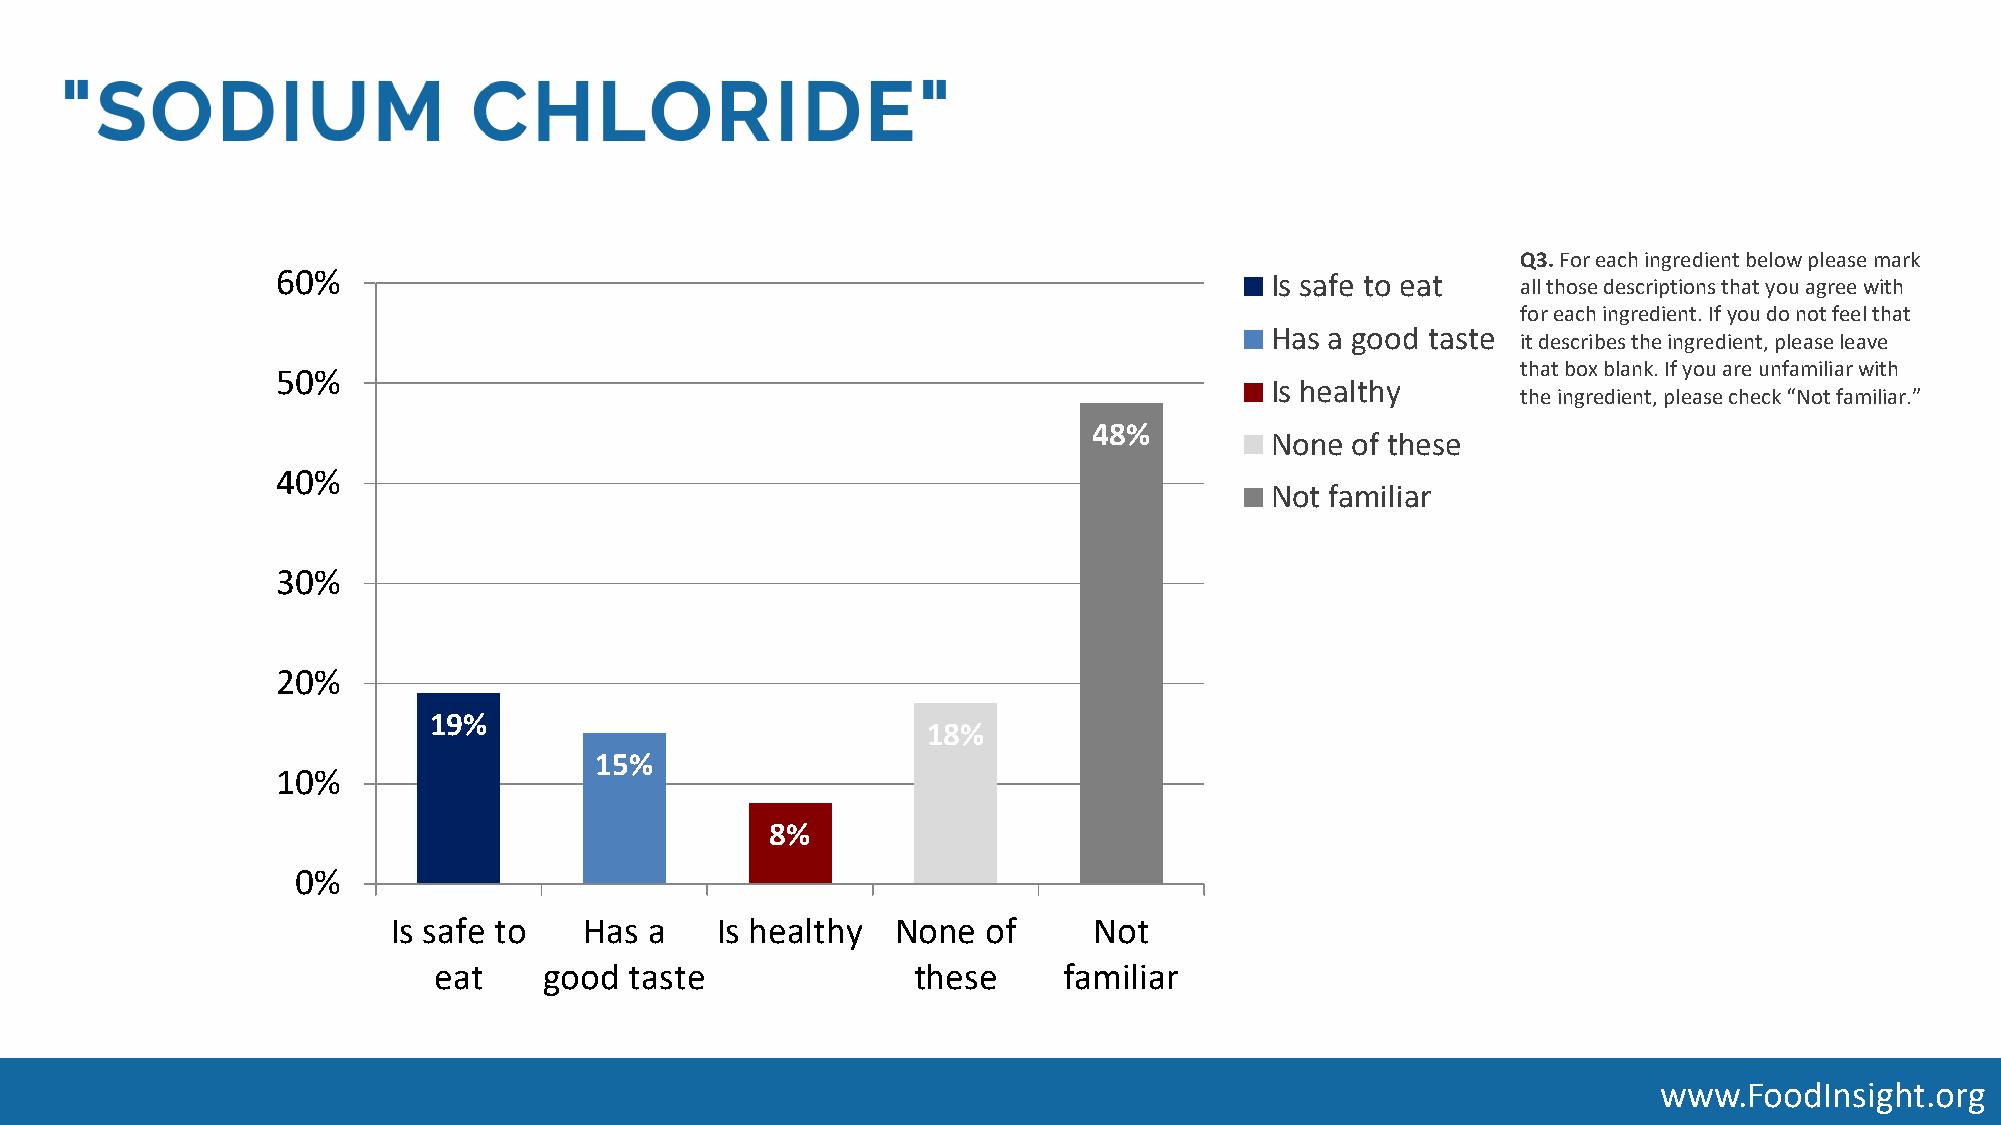
Q3. For each ingredient below please mark
 60%                                                               Is safe to eat   all those descriptions that you agree with
 for each ingredient. If you do not feel that
 Has a good taste
 it describes the ingredient, please leave
 that box blank. If you are unfamiliar with
 50%
 Is healthy
 the ingredient, please check “Not familiar.”
 48%
 None of these
 40%
 Not familiar
 30%
 20%
 19%
 18%
 15%
 10%
 8%
 0%
 Is safe to   Has a   Is healthy  None  of     Not
 eat    good  taste             these     familiar
 www.FoodInsight.org